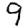
Digit: 9